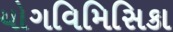
યોગવિમિસિકા